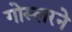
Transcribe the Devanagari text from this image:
गोस्लरने